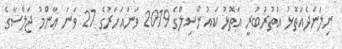
ނިލަންދެއަތޮޅު އުތުރުބުރީ އަތޮޅު ކައުންސިލްގެ 2019 ވަނައަހަރުގެ 27 ވަނަ ޢާންމު ޖަލްސާގެ